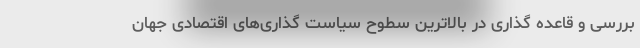
بررسی و قاعده گذاری در بالاترین سطوح سیاست گذاری‌های اقتصادی جهان